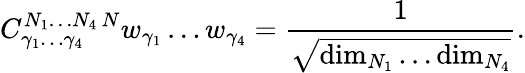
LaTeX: {C}_{\gamma_{1}\ldots\gamma_{4}}^{N_{1}\ldots N_{4}\, N}w_{\gamma_{1}}\ldots w_{\gamma_{4}}={\frac{1}{\sqrt{\mathrm{dim}_{N_{1}}\ldots\mathrm{dim}_{N_{4}}}}}.